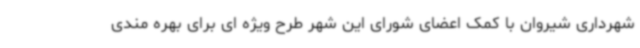
شهرداری شیروان با کمک اعضای شورای این شهر طرح ویژه ای برای بهره مندی